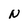
Character: N